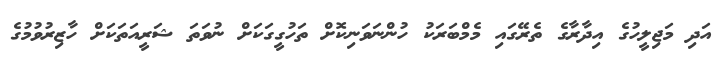
އަދި މަޖިލީހުގެ އިދާރާގެ ތެރޭގައި މެމްބަރަކު ހުންނަވަނިކޮށް ތަހުގީގަކަށް ނުވަތަ ޝަރީއަތަކަށް ހާޒިރުވުމުގެ